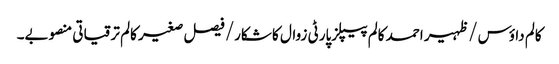
کالم	داؤس /ظہیر احمد	کالم	پیپلزپارٹی زوال کا شکار/فیصل صغیر کالم	ترقیاتی منصوبے۔